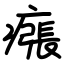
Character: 瘬